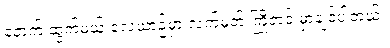
နောက် ထွက်မယ့် လေယာဉ်မှာ လက်မှတ် ကြိုတင် မှာချင်ပါတယ်။